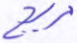
مريج